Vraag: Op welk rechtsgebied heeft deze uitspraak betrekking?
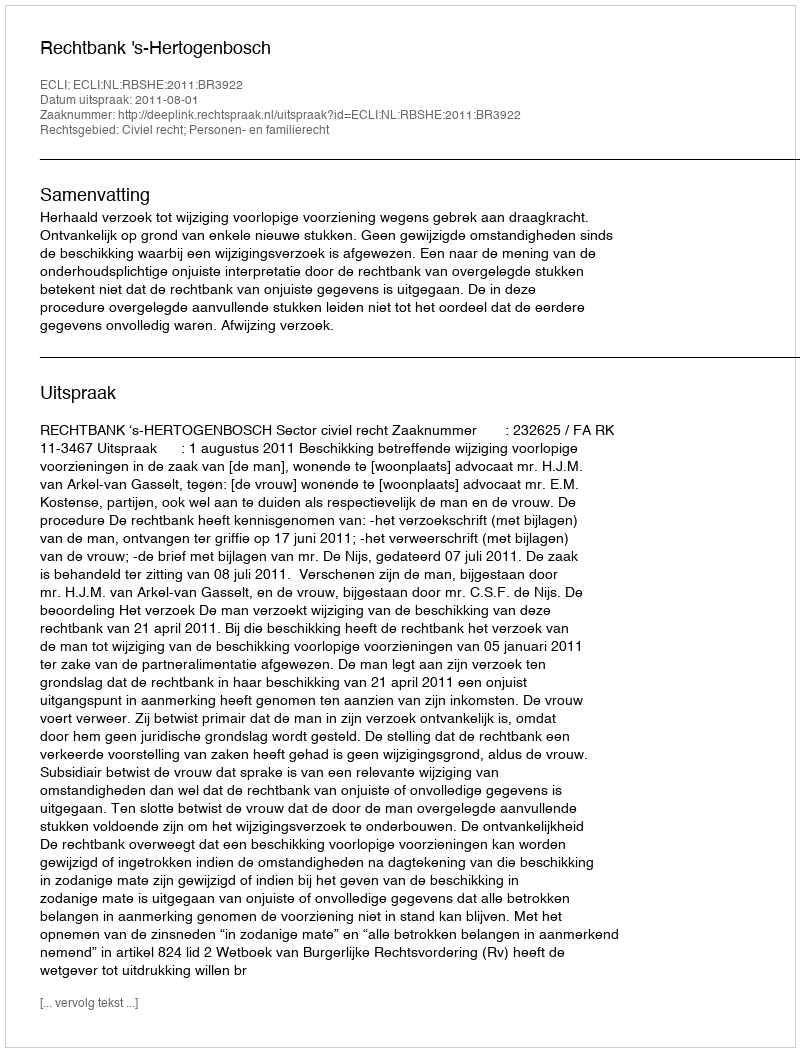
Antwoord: Civiel recht; Personen- en familierecht